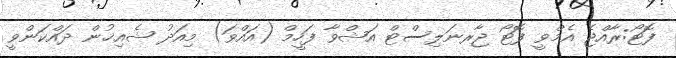
ފޮޓޯ:ރާއްޖެ އެމްވީ ފޮޓޯ ޖާރނަލިސްޓް އަޝްވާ ފަހީމް (އައްވަ) މިއަދު ޝެއިޚުން ދައްކަންވީ